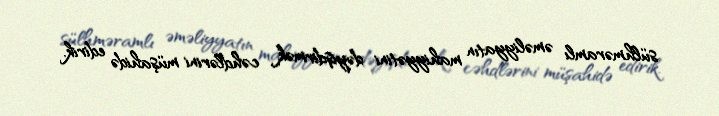
sülhməramlı əməliyyatın mahiyyətini dəyişdirmək cəhdlərini müşahidə edirik.